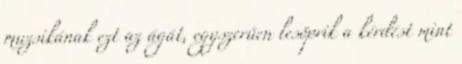
muzsikának ezt az ágát, egyszerűen lesöprik a kérdést mint